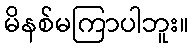
မိနစ်မကြာပါဘူး။